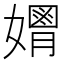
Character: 𡣃